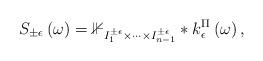
LaTeX: \begin{align*}S_{\pm\epsilon}\left(\omega\right)=\mathbb{1}_{I_{1}^{\pm\epsilon}\times\dots\times I_{n-1}^{\pm\epsilon}}*k_{\epsilon}^{\Pi}\left(\omega\right),\end{align*}